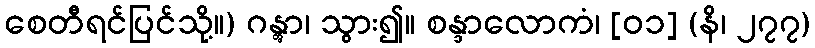
စေတီရင်ပြင်သို့။) ဂန္တွာ၊ သွား၍။ စန္ဒာလောကံ၊ [၀၁] (နိ၊ ၂၇၇)